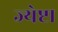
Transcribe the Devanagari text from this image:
ज्येष्टा